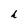
Character: h